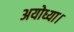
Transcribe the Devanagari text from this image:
अयोध्या।